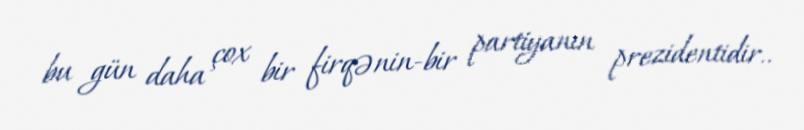
bu gün daha çox bir firqənin-bir partiyanın prezidentidir..